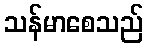
သန်မာစေသည်